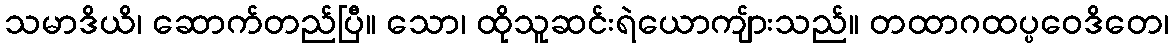
သမာဒိယိ၊ ဆောက်တည်ပြီ။ သော၊ ထိုသူဆင်းရဲယောကျ်ားသည်။ တထာဂထပ္ပဝေဒိတေ၊